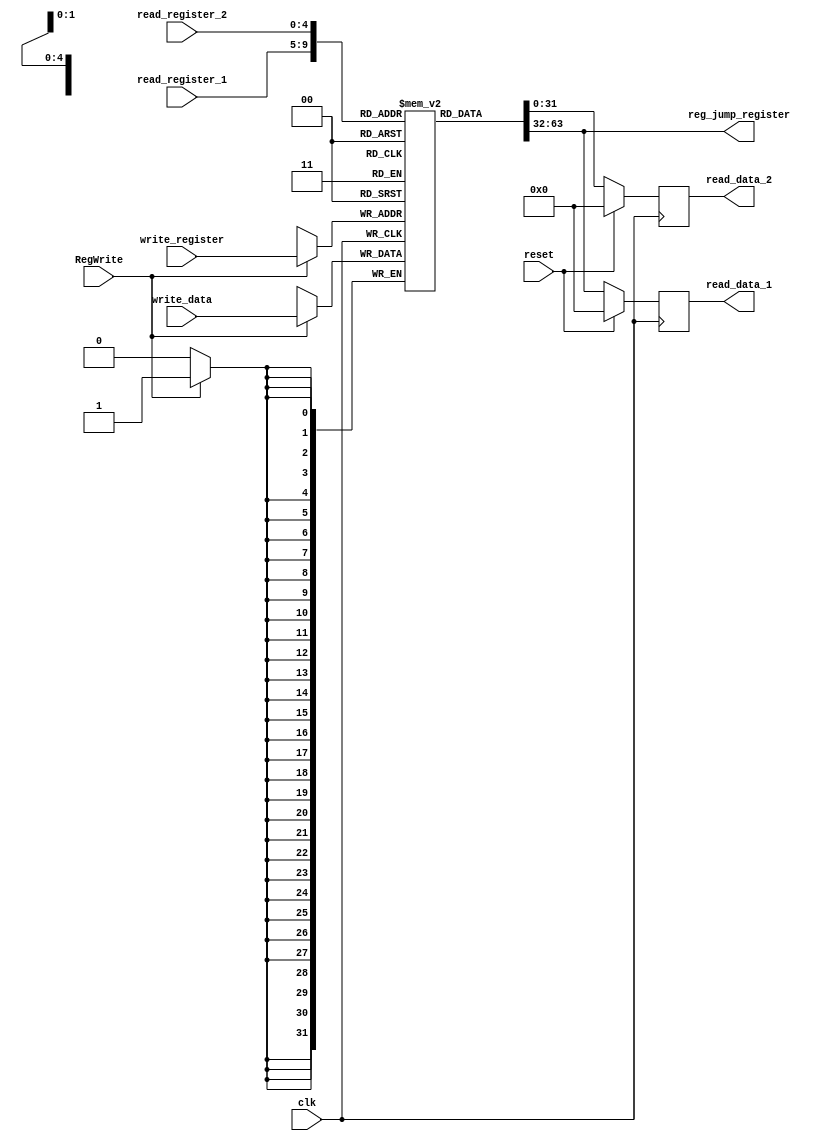
`timescale 1ns / 1ps
//////////////////////////////////////////////////////////////////////////////////
//	Alumnos:
//				 Ortmann, Nestor Javier
// 				 Trejo, Bruno Guillermo
// Year: 		 2019
// Module Name:  REGISTROS
//////////////////////////////////////////////////////////////////////////////////

module REGISTERS#(
	parameter len_data = 32,
	parameter depth = 32,
	parameter num_bits = 5 //$clog2(depth)
	)
    (
	input clk,
	input reset,
	input RegWrite,
	input [num_bits-1:0] read_register_1,
	input [num_bits-1:0] read_register_2,
	input [num_bits-1:0] write_register,
	input [len_data-1:0] write_data,

	/*output [len_data-1:0] wire_read_data_0, // ver despues para que lo usa
	output [len_data-1:0] wire_read_data_1, // ver despues para que lo usa
	output [len_data-1:0] wire_read_data_2, // ver despues para que lo usa
	output [len_data-1:0] wire_read_data_3, // ver despues para que lo usa
	output [len_data-1:0] wire_read_data_4, // ver despues para que lo usa
	output [len_data-1:0] wire_read_data_5, // ver despues para que lo usa
	output [len_data-1:0] wire_read_data_6, // ver despues para que lo usa
	output [len_data-1:0] wire_read_data_7, // ver despues para que lo usa*/


	output [len_data-1:0] reg_jump_register,
	output reg [len_data-1:0] read_data_1,
	output reg [len_data-1:0] read_data_2
    );

	reg [len_data-1:0] registers_mips [depth-1:0]; // Banco de registros (tam. es len_data y cantidad es depth) 

	/*assign wire_read_data_0 = registers_mips[0]; // Algo desconozido aun
	assign wire_read_data_1 = registers_mips[1]; // Algo desconozido aun
	assign wire_read_data_2 = registers_mips[2]; // Algo desconozido aun
	assign wire_read_data_3 = registers_mips[3]; // Algo desconozido aun
	assign wire_read_data_4 = registers_mips[4]; // Algo desconozido aun
	assign wire_read_data_5 = registers_mips[5]; // Algo desconozido aun
	assign wire_read_data_6 = registers_mips[6]; // Algo desconozido aun
	assign wire_read_data_7 = registers_mips[7]; // Algo desconozido aun*/
	
	assign reg_jump_register = registers_mips[read_register_1];

	generate
		integer i;		
		initial
        for (i = 0; i < depth; i = i + 1)
          registers_mips[i] = {len_data{1'b0+(i)}}; // reg0 = 0. reg1 = 1. reg2 = 2... etc.
	endgenerate

	always @(posedge clk)
	begin
		if (reset)
		begin
			read_data_1 <= 0;
			read_data_2 <= 0;
		end

		else begin
			read_data_1 <= registers_mips[read_register_1];
			read_data_2 <= registers_mips[read_register_2];
		end
	end

	always @(negedge clk)
	begin
		if (RegWrite) 
		begin
			registers_mips[write_register] <= write_data;				
		end
	end

endmodule